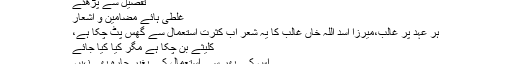
تفصیل سے پڑھئے
غلطی ہائے مضامین و اشعار
ہر عہد پر غالب،میرزا اسد اللہ خاں غالب کا یہ شعر اب کثرتِ استعمال سے گھس پٹ چکا ہے،
کلیثے بن چکا ہے مگر کیا کیا جائے
اس کے پھر سے استعمال کے بغیر چارہ بھی نہیں۔